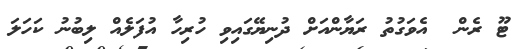
ޓޫ ރެން  އެވަގުތު ރަޔާންއަށް ދުނިޔޭގައިވި ހުރިހާ އުފަލެއް ލިބުނު ކަހަލަ